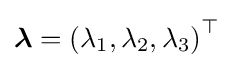
{\boldsymbol {\lambda }}=\left(\lambda _{1},\lambda _{2},\lambda _{3}\right)^{\top }